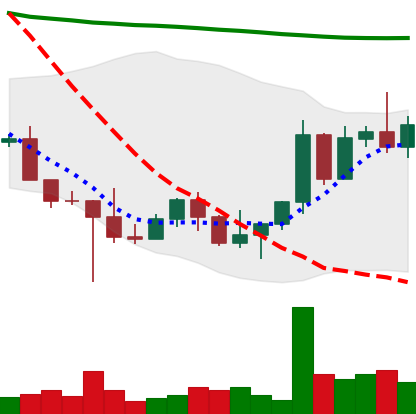
Ticker: NEO-USD
Chart end date: 2022-10-28
Forward return: -4.957%
Label: down_3_5